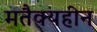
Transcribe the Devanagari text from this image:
मतैक्यहीन